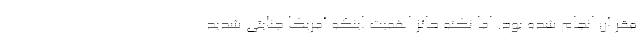
مقر آن انجام شده بود. اما نکته حائز اهمیت اینکه آمریکا جنایتی شدید